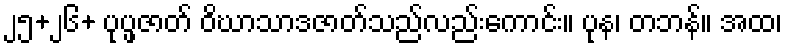
၂၅+၂၆+ ပုပ္ဖဇာတ် ဝိဃာသာဒဇာတ်သည်လည်းကောင်း။ ပုန၊ တဘန်။ အထ၊